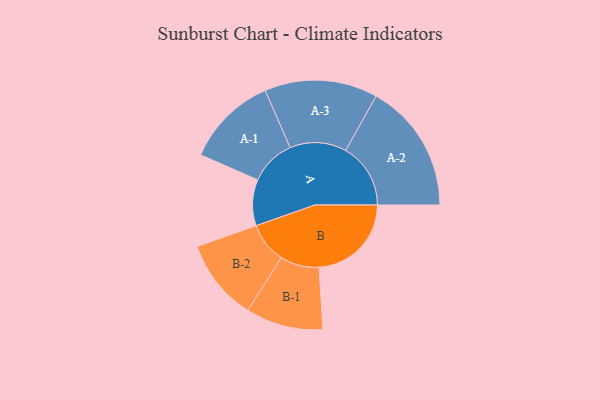
{"axis": {"x": "Segment", "y": "Value"}, "legend": ["", "A", "B"], "data": [{"x": "A", "y": 190, "type": ""}, {"x": "B", "y": 381, "type": ""}, {"x": "A-1", "y": 189, "type": "A"}, {"x": "A-2", "y": 268, "type": "A"}, {"x": "A-3", "y": 233, "type": "A"}, {"x": "B-1", "y": 160, "type": "B"}, {"x": "B-2", "y": 168, "type": "B"}]}